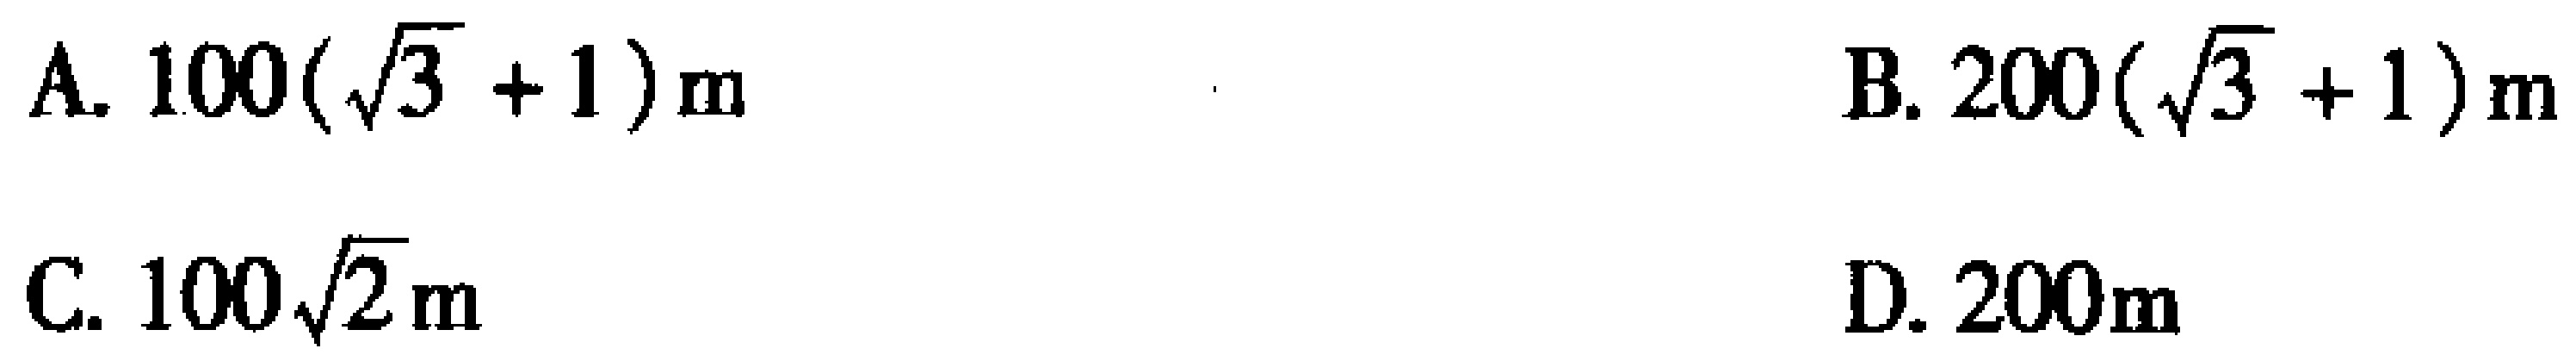
A. \(100(\sqrt{3} + 1)\text{m}\)  B. \(200(\sqrt{3} + 1)\text{m}\)  C. \(100\sqrt{2}\text{m}\)  D. \(200\text{m}\)